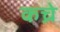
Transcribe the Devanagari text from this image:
कच्रे